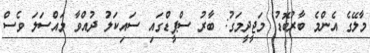
މާލޭގެ އެންމެ ބާރުބޮޑު މަޖީދީމަގު: ބާރު ސްޕީޑްގައި ސައިކަލު ދުއްވާ މައްސަލަ ވެސް